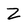
Character: Z